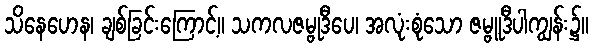
သိနေဟေန၊ ချစ်ခြင်းကြောင့်။ သကလဇမ္ဗုဒီပေ၊ အလုံးစုံသော ဇမ္ဗူဒီပါကျွန်း၌။